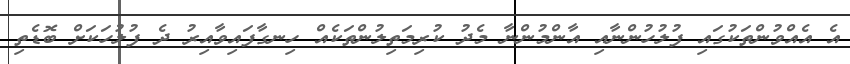
އެ އެއްވުންތަކުގައި ފުލުހުންނާއި އާންމުންނާ މެދު ކުރިމަތިލުންތަކެއް ހިނގާފައިވާއިރު ދެ ފުލުހަކަށް ބޮޑެތި